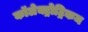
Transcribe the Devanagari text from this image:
कॉलेक्ट्रोट्रिकम